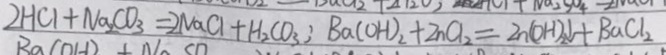
2 H C l + N a _ { 2 } C O _ { 3 } = 2 N a C l + H _ { 2 } C O _ { 3 } ; B a ( O H ) _ { 2 } + Z n C l _ { 2 } = Z n ( O H ) _ { 2 } \downarrow + B a C l _ { 2 }